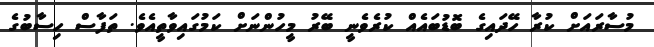
މުސާރައަށް ކުރާ ހޭދައިގެ ބޮޑުބައެއް ކުރެވެނީ ބޭރު މީހުންނަށް ކަމުގައިވާތީއެވެ. ތަފާސް ހިސާބުގެ